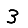
Digit: 3